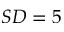
S D = 5